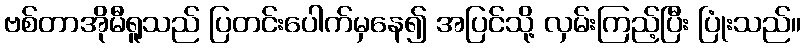
ဗစ်တာအိုမီရူသည် ပြတင်းပေါက်မှနေ၍ အပြင်သို့ လှမ်းကြည့်ပြီး ပြုံးသည်။